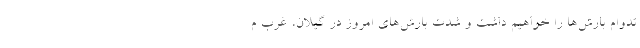
تدوام بارش‌ها را خواهیم داشت و شدت بارش‌های امروز در گیلان، غرب م